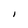
Character: I